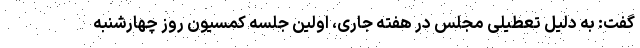
گفت: به دلیل تعطیلی مجلس در هفته جاری، اولین جلسه کمسیون روز چهارشنبه